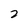
Character: 2